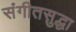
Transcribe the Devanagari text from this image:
संगीतसुद्धा